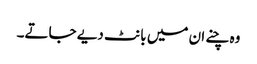
وہ چنے ان میں بانٹ دیے جاتے۔